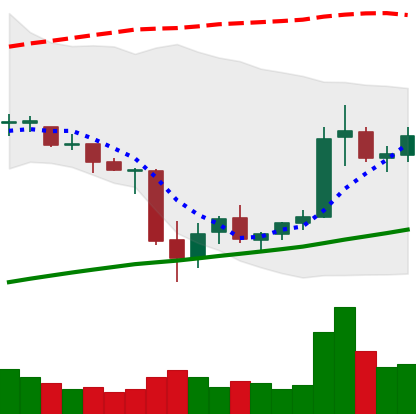
Ticker: ETC-USD
Chart end date: 2021-07-03
Forward return: -12.682%
Label: down_7plus